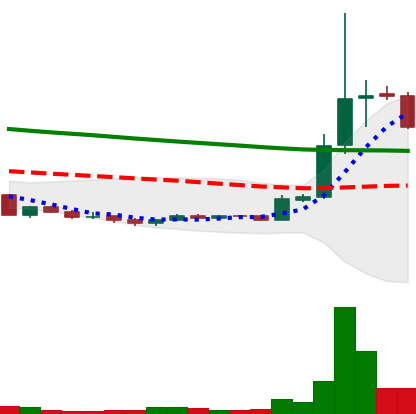
Ticker: XRP-USD
Chart end date: 2018-09-24
Forward return: 15.467%
Label: up_7plus